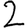
Digit: 2